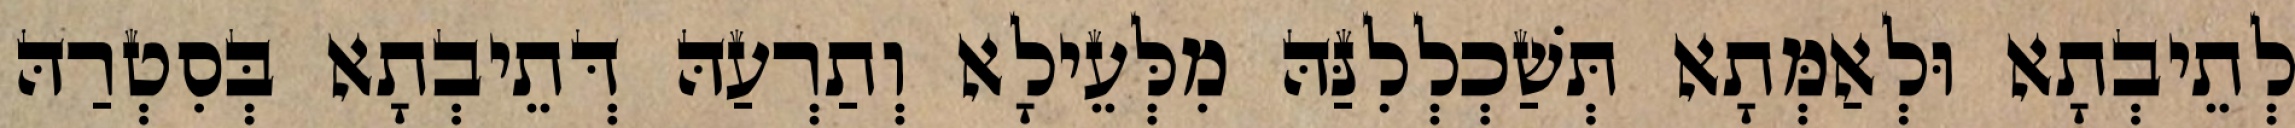
לְתֵיבְתָא וּלְאַמְּתָא תְּשַׁכְלְלִנַּהּ מִלְּעֵילָא וְתַרְעַהּ דְּתֵיבְתָא בְּסִטְרַהּ